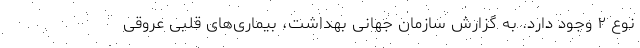
نوع ۲ وجود دارد. به گزارش سازمان جهانی بهداشت، بیماری‌های قلبی عروقی